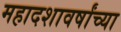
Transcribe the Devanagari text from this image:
महादशावर्षांच्या